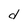
Character: d